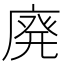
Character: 廃